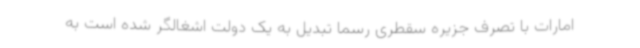
امارات با تصرف جزیره سقطری رسما تبدیل به یک دولت اشغالگر شده است به